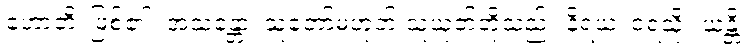
ဟောတိ၊ ဖြစ်၏။ အသန္တော၊ သူတော်မဟုတ် သူယုတ်တို့သည်။ နိရယံ၊ ငရဲသို့။ ယန္တိ၊